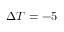
\Delta T = - 5